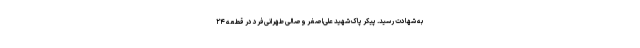
به شهادت رسید. پیکر پاک شهید علی‌اصغر وصالی طهرانی‌فرد در قطعه ۲۴